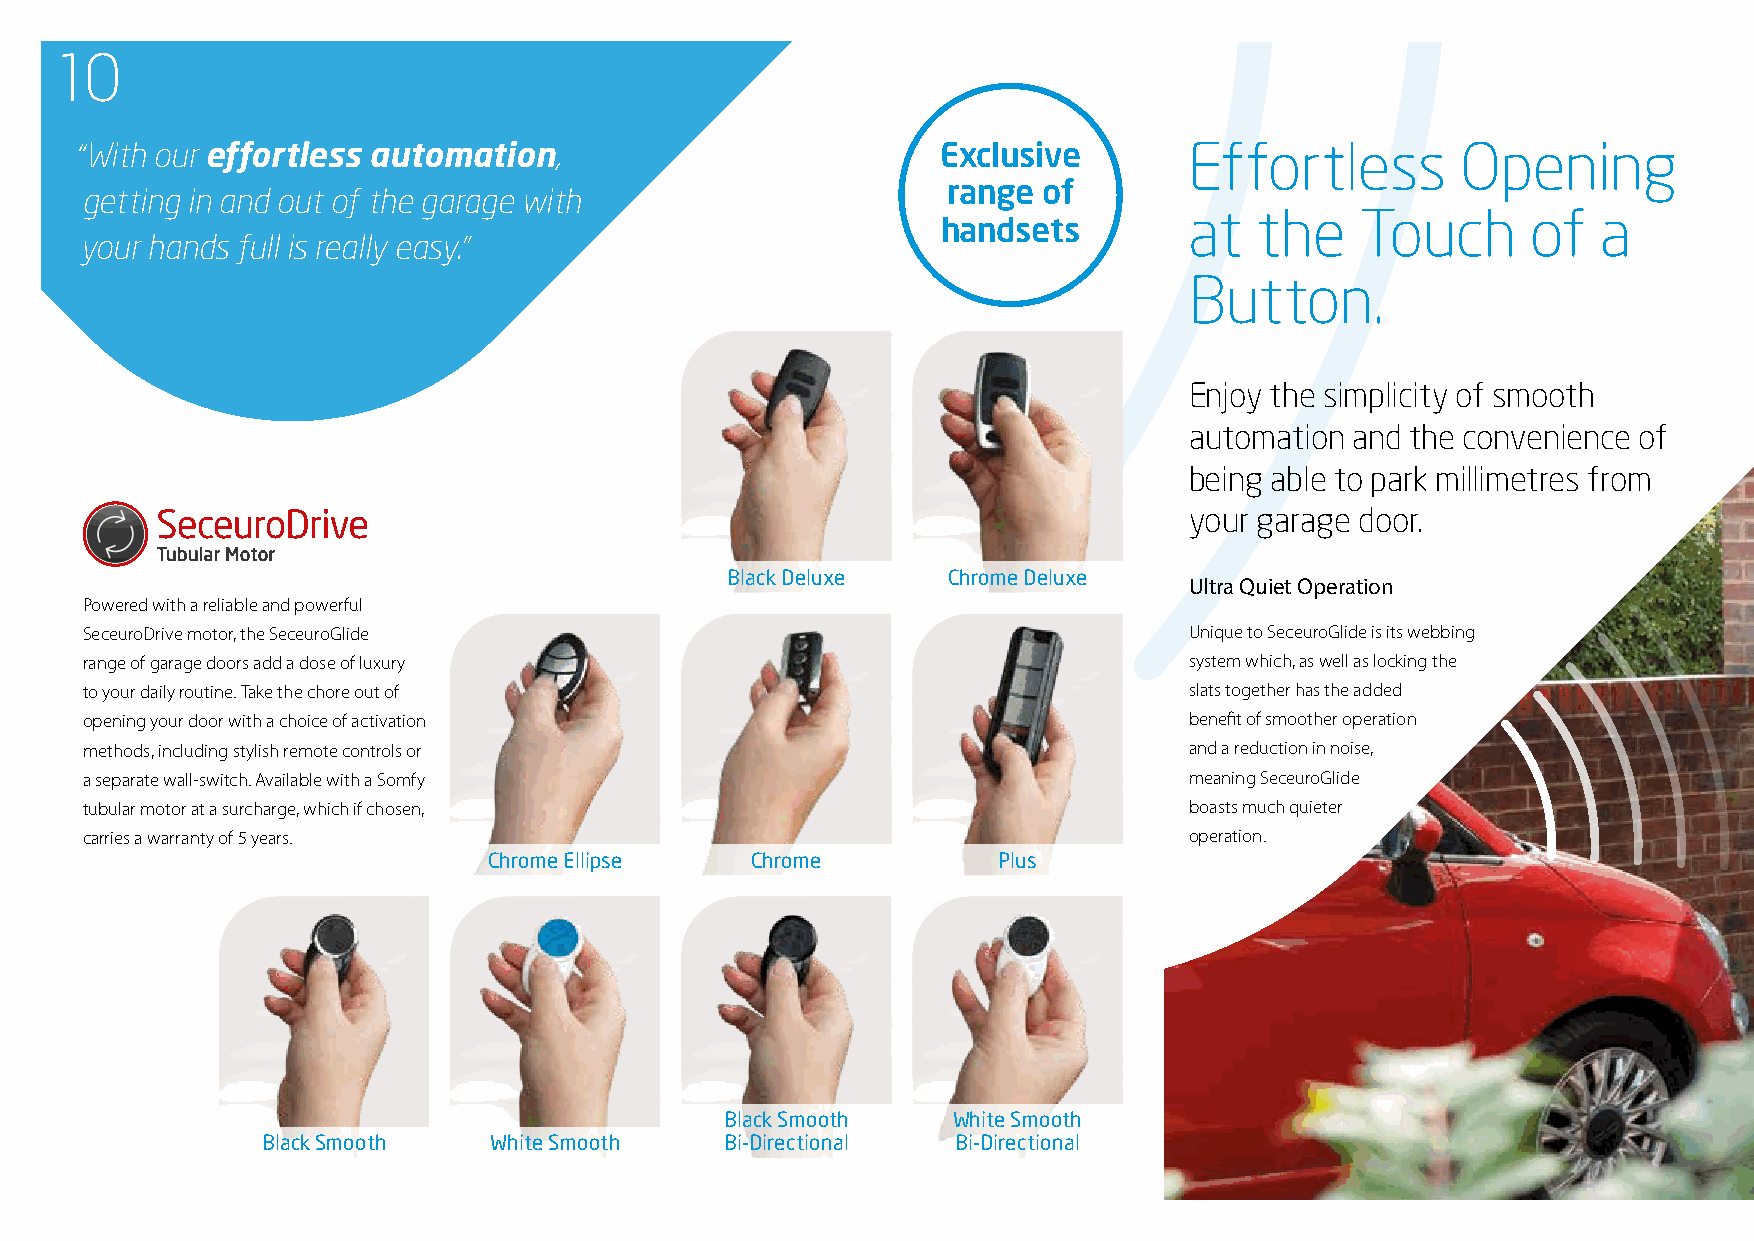
10
 “With our effortless automation,                         Exclusive        Effortless        Opening
 range of
 getting in and out of the garage with
 at  the    Touch      of   a
 handsets
 your hands full is really easy.”
 Button.
 Enjoy the simplicity of smooth
 automation and the convenience of
 being able to park millimetres from
 your garage door.
 Black Deluxe   Chrome Deluxe
 Ultra Quiet Operation
 Powered with a reliable and powerful
 SeceuroDrive motor, the SeceuroGlide                                      Unique to SeceuroGlide is its webbing
 range of garage doors add a dose of luxury                                system which, as well as locking the
 to your daily routine. Take the chore out of                              slats together has the added
 opening your door with a choice of activation                             benefit of smoother operation
 methods, including stylish remote controls or                             and a reduction in noise,
 a separate wall-switch. Available with a Somfy                            meaning SeceuroGlide
 tubular motor at a surcharge, which if chosen,                            boasts much quieter
 carries a warranty of 5 years.                                            operation.
 Chrome Ellipse    Chrome          Plus
 Black Smooth   White Smooth
 Black Smooth   White Smooth    Bi-Directional Bi-Directional